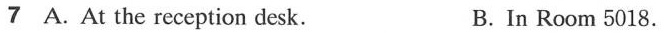
7 A. At the reception desk. B. In Room 5018.